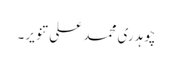
چوہدری محمد علی تنویر۔